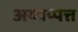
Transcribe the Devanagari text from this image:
अय्यप्पत्त